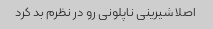
اصلا شیرینی ناپلونی رو در نظرم بد کرد